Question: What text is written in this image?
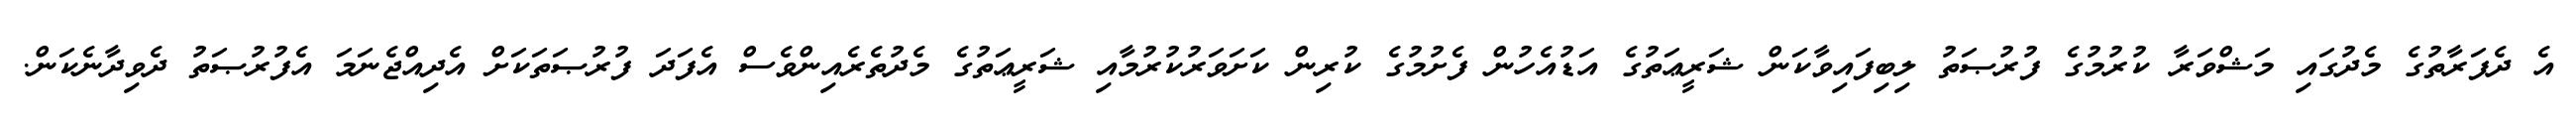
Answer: އެ ދެފަރާތުގެ މެދުގައި މަޝްވަރާ ކުރުމުގެ ފުރުޞަތު ލިބިފައިވާކަން ޝަރީޢަތުގެ އަޑުއެހުން ފެށުމުގެ ކުރިން ކަށަވަރުކުރުމާއި ޝަރީޢަތުގެ މެދުތެރެއިންވެސް އެފަދަ ފުރުޞަތަކަށް އެދިއްޖެނަމަ އެފުރުޞަތު ދެވިދާނެކަން.